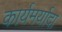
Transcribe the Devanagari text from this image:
कार्यमर्यादा